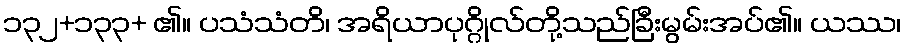
၁၃၂+၁၃၃+ ၏။ ပသံသံတိ၊ အရိယာပုဂ္ဂိုလ်တို့သည်ခြီးမွမ်းအပ်၏။ ယဿ၊